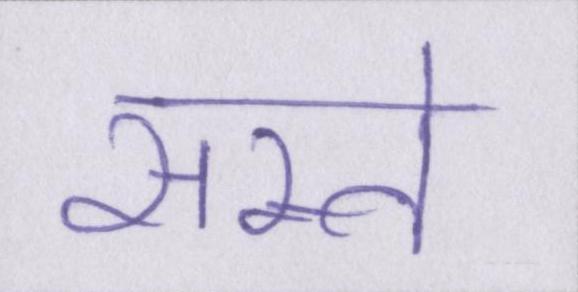
सस्ते